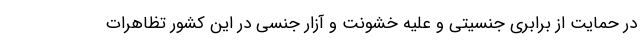
در حمایت از برابری جنسیتی و علیه خشونت و آزار جنسی در این کشور تظاهرات